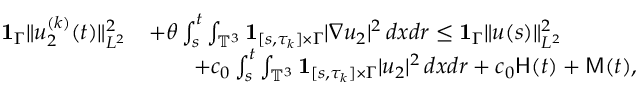
\begin{array} { r l } { { { \bf 1 } } _ { \Gamma } \| u _ { 2 } ^ { ( k ) } ( t ) \| _ { L ^ { 2 } } ^ { 2 } } & { + \theta \int _ { s } ^ { t } \int _ { \mathbb { T } ^ { 3 } } { { \bf 1 } } _ { [ s , \tau _ { k } ] \times \Gamma } | \nabla u _ { 2 } | ^ { 2 } \, d x d r \leq { { \bf 1 } } _ { \Gamma } \| u ( s ) \| _ { L ^ { 2 } } ^ { 2 } } \\ & { \qquad + c _ { 0 } \int _ { s } ^ { t } \int _ { \mathbb { T } ^ { 3 } } { { \bf 1 } } _ { [ s , \tau _ { k } ] \times \Gamma } | u _ { 2 } | ^ { 2 } \, d x d r + c _ { 0 } \mathsf { H } ( t ) + \mathsf { M } ( t ) , } \end{array}